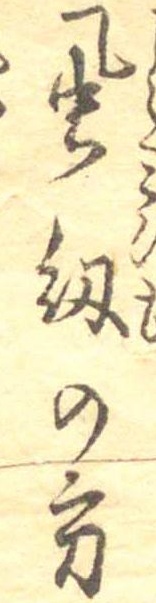
虱紐の方